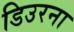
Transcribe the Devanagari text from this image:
डिउरना